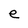
Character: e